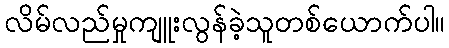
လိမ်လည်မှုကျူးလွန်ခဲ့သူတစ်ယောက်ပါ။